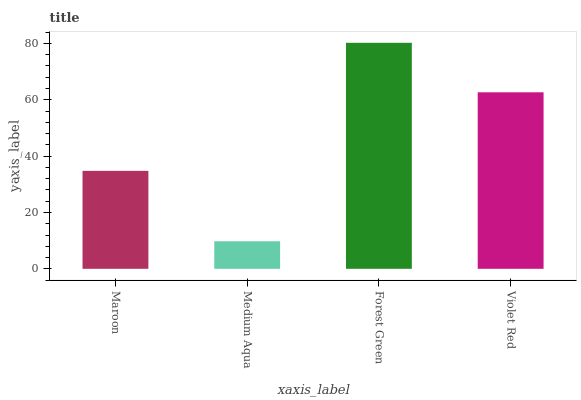
| xaxis_label | bars |
 | --- | --- |
 | Maroon | 34.8 |
 | Medium Aqua | 9.77 |
 | Forest Green | 80.2 |
 | Violet Red | 62.7 |